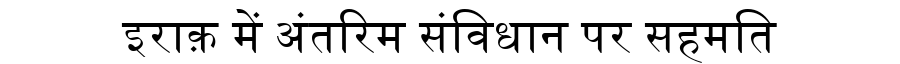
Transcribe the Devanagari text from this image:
इराक़ में अंतरिम संविधान पर सहमति